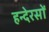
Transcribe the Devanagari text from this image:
हन्देरसों